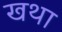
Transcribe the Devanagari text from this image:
खथा